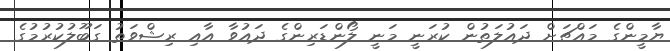
ޔާމީންގެ މައްޗަށް ދައުލަތުން ކުރަނީ މަނީ ލޯންޑަރިންގެ ދައުވާ އާއި ރިޝްވަތު ގަބޫލުކުރުމުގެ